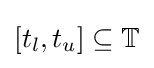
[t_{l},t_{u}]\subseteq \mathbb {T}